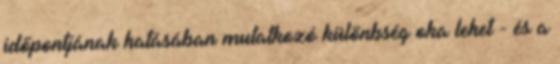
időpontjának hatásában mutatkozó különbség oka lehet - és a